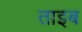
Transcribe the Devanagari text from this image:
ताइब